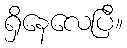
ရှိနေလေပြီ။